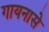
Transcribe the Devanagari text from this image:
गायनासे